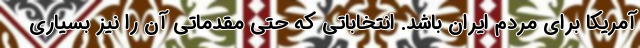
آمریکا برای مردم ایران باشد. انتخاباتی که حتی مقدماتی آن را نیز بسیاری